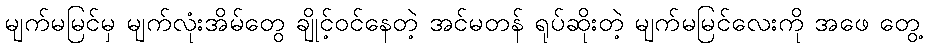
မျက်မမြင်မှ မျက်လုံးအိမ်တွေ ချိုင့်ဝင်နေတဲ့ အင်မတန် ရုပ်ဆိုးတဲ့ မျက်မမြင်လေးကို အဖေ တွေ့